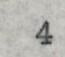
4